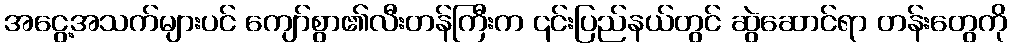
အငွေ့အသက်များပင် ကျော်စွာ၏လီးတန်ကြီးက ၎င်းပြည်နယ်တွင် ဆွဲဆောင်ရာ တန်းတွေကို